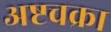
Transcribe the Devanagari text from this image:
अष्टचक्रा